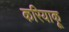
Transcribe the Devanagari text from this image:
करियाकू